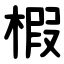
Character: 椵